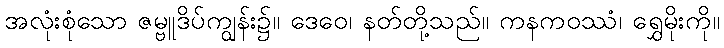
အလုံးစုံသော ဇမ္ဗူဒိပ်ကျွန်း၌။ ဒေဝေ၊ နတ်တို့သည်။ ကနကဝဿံ၊ ရွှေမိုးကို။